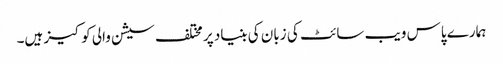
ہمارے پاس ویب سائٹ کی زبان کی بنیاد پر مختلف سیشن والی کوکیز ہیں۔